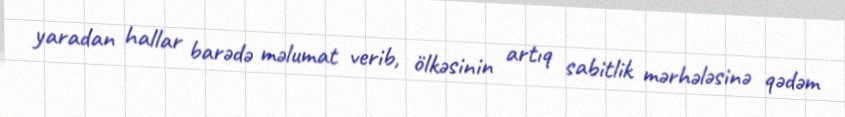
yaradan hallar barədə məlumat verib, ölkəsinin artıq sabitlik mərhələsinə qədəm